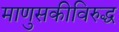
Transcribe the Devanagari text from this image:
माणुसकीविरुद्ध